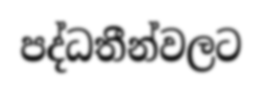
පද්ධතීන්වලට